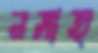
নসাত্